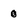
Character: 0